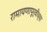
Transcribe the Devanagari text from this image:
रामायणापूर्वीच्या